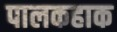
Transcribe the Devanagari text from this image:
पालकहाक